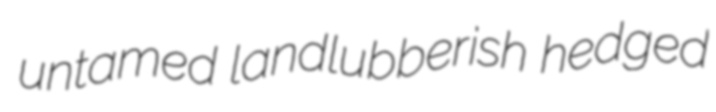
untamed landlubberish hedged